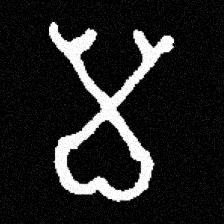
Pyu character \u2014 Myanmar letter: မ (romanized: ma)